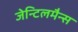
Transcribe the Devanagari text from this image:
जेन्टिलमैन्स